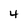
Character: 4